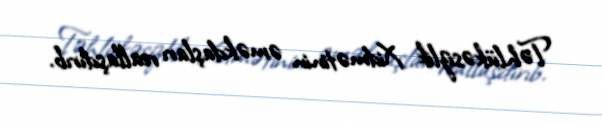
Təhlükəsizlik Xidmətinin əməkdaşları reallaşdırıb.